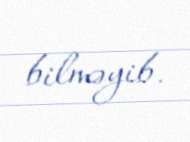
bilməyib.